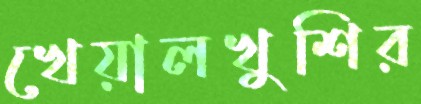
খেয়ালখুশির